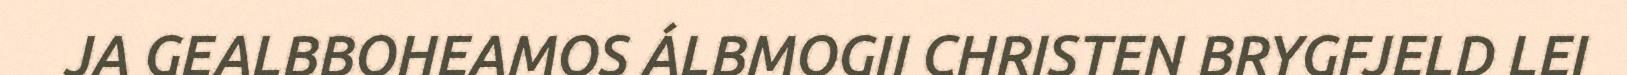
JA GEALBBOHEAMOS ÁLBMOGII CHRISTEN BRYGFJELD LEI